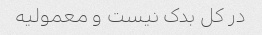
در کل بدک نیست و معمولیه